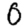
Digit: 0